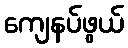
ကျေနပ်ဖွယ်